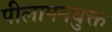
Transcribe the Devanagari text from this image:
पीलापनयुक्त